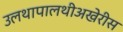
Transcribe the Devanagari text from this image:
उलथापालथीअखेरीस